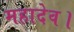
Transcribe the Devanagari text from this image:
महादेव।